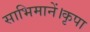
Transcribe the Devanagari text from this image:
साभिमानें।कृपा